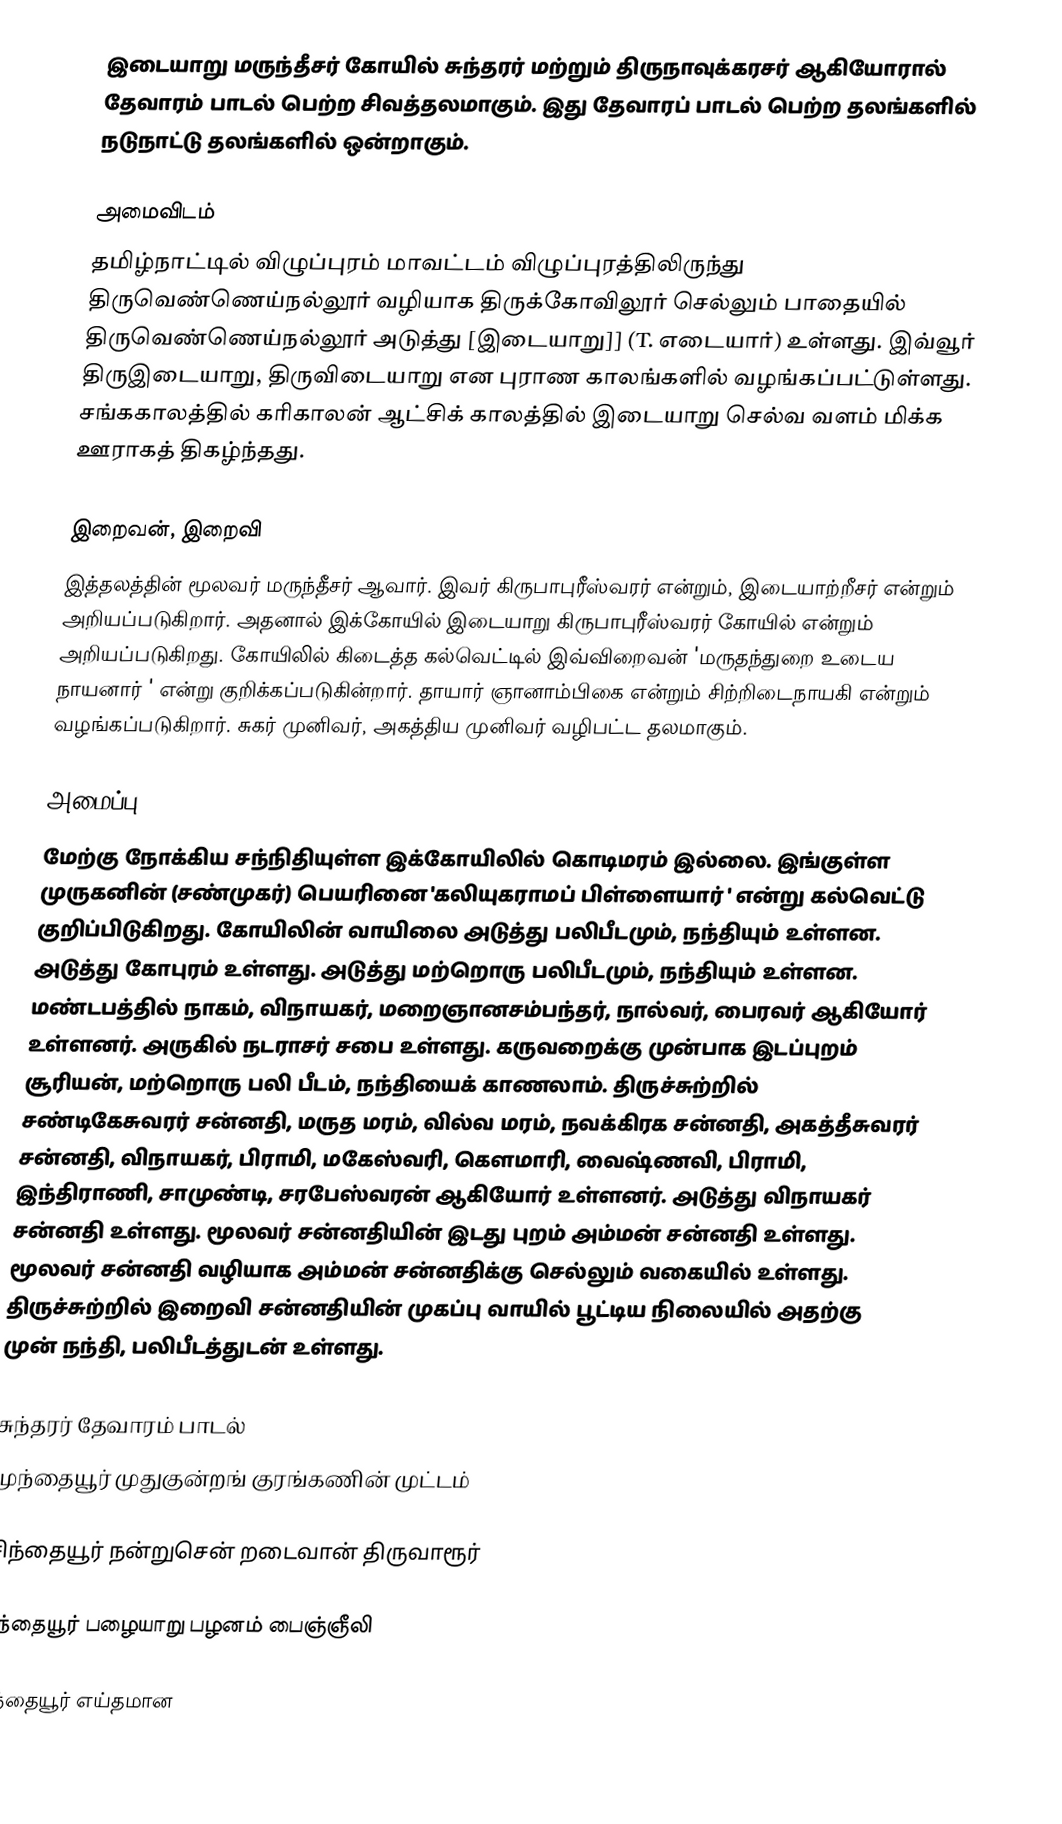
இடையாறு மருந்தீசர் கோயில் சுந்தரர் மற்றும் திருநாவுக்கரசர் ஆகியோரால் தேவாரம் பாடல் பெற்ற சிவத்தலமாகும். இது தேவாரப் பாடல் பெற்ற தலங்களில் நடுநாட்டு தலங்களில் ஒன்றாகும்.

அமைவிடம்
தமிழ்நாட்டில் விழுப்புரம் மாவட்டம்  விழுப்புரத்திலிருந்து திருவெண்ணெய்நல்லூர் வழியாக திருக்கோவிலூர் செல்லும் பாதையில் திருவெண்ணெய்நல்லூர் அடுத்து [இடையாறு]] (T. எடையார்) உள்ளது.  இவ்வூர் திருஇடையாறு, திருவிடையாறு என புராண காலங்களில் வழங்கப்பட்டுள்ளது. சங்ககாலத்தில் கரிகாலன் ஆட்சிக் காலத்தில் இடையாறு செல்வ வளம் மிக்க ஊராகத் திகழ்ந்தது.

இறைவன், இறைவி
இத்தலத்தின் மூலவர் மருந்தீசர் ஆவார். இவர் கிருபாபுரீஸ்வரர் என்றும், இடையாற்றீசர் என்றும் அறியப்படுகிறார். அதனால் இக்கோயில் இடையாறு கிருபாபுரீஸ்வரர் கோயில் என்றும் அறியப்படுகிறது. கோயிலில் கிடைத்த கல்வெட்டில் இவ்விறைவன் 'மருதந்துறை உடைய நாயனார் ' என்று குறிக்கப்படுகின்றார். தாயார் ஞானாம்பிகை என்றும் சிற்றிடைநாயகி என்றும் வழங்கப்படுகிறார். சுகர் முனிவர், அகத்திய முனிவர் வழிபட்ட தலமாகும்.

அமைப்பு
மேற்கு நோக்கிய சந்நிதியுள்ள இக்கோயிலில் கொடிமரம் இல்லை. இங்குள்ள முருகனின் (சண்முகர்) பெயரினை 'கலியுகராமப் பிள்ளையார் ' என்று கல்வெட்டு குறிப்பிடுகிறது. கோயிலின் வாயிலை அடுத்து பலிபீடமும், நந்தியும் உள்ளன. அடுத்து கோபுரம் உள்ளது. அடுத்து மற்றொரு பலிபீடமும், நந்தியும் உள்ளன. மண்டபத்தில் நாகம், விநாயகர், மறைஞானசம்பந்தர், நால்வர், பைரவர் ஆகியோர் உள்ளனர். அருகில் நடராசர் சபை உள்ளது. கருவறைக்கு முன்பாக இடப்புறம் சூரியன், மற்றொரு பலி பீடம், நந்தியைக் காணலாம். திருச்சுற்றில் சண்டிகேசுவரர் சன்னதி, மருத மரம், வில்வ மரம், நவக்கிரக சன்னதி, அகத்தீசுவரர் சன்னதி, விநாயகர், பிராமி, மகேஸ்வரி, கௌமாரி, வைஷ்ணவி, பிராமி, இந்திராணி, சாமுண்டி, சரபேஸ்வரன் ஆகியோர் உள்ளனர். அடுத்து விநாயகர் சன்னதி உள்ளது. மூலவர் சன்னதியின் இடது புறம் அம்மன் சன்னதி உள்ளது. மூலவர் சன்னதி வழியாக அம்மன் சன்னதிக்கு செல்லும் வகையில் உள்ளது. திருச்சுற்றில் இறைவி சன்னதியின் முகப்பு வாயில் பூட்டிய நிலையில் அதற்கு முன் நந்தி, பலிபீடத்துடன் உள்ளது.

சுந்தரர் தேவாரம் பாடல்
முந்தையூர் முதுகுன்றங் குரங்கணின் முட்டம்

சிந்தையூர் நன்றுசென் றடைவான் திருவாரூர்

பந்தையூர் பழையாறு பழனம் பைஞ்ஞீலி

எந்தையூர் எய்தமான